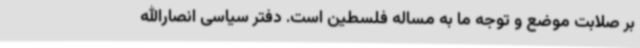
بر صلابت موضع و توجه ما به مساله فلسطین است. دفتر سیاسی انصارالله